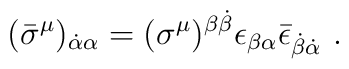
(\bar\sigma^\mu)_{\dot\alpha\alpha} =  (\sigma^\mu)^{\beta\dot\beta} \epsilon_{\beta\alpha}  \bar\epsilon_{\dot\beta\dot\alpha}~.